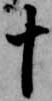
十